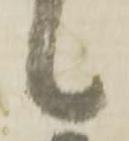
候